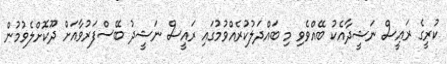
ކުރީގެ ރައީސް ނަޝީދާއެކު ބޭއްވެވި މި ބައްދަލުކުރެއްވުމުގައި ރައީސް ނަޝީދު ބޭސްފަރުވާއަށް ދޫކޮށްލެވުމުން